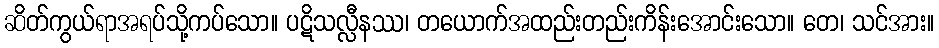
ဆိတ်ကွယ်ရာအရပ်သို့ကပ်သော။ ပဋိသလ္လီနဿ၊ တယောက်အထည်းတည်းကိန်းအောင်းသော။ တေ၊ သင်အား။